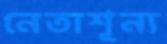
নেতাশূন্য